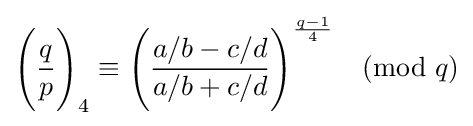
{\Bigg (}{\frac {q}{p}}{\Bigg )}_{4}\equiv {\Bigg (}{\frac {a/b-c/d}{a/b+c/d}}{\Bigg )}^{\frac {q-1}{4}}{\pmod {q}}